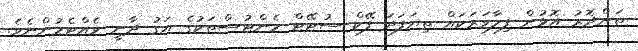
ތަންދޮރު އޮޅުން ފިލާވަރަކައް ތިޔަފަދަ ފޭކް ސުޓޭޓް މެންޓުސްތަކުގެ އަގު ދާނީ ވެއްޓެމުންނެވެ.